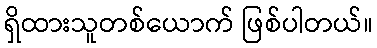
ရှိထားသူတစ်ယောက် ဖြစ်ပါတယ်။